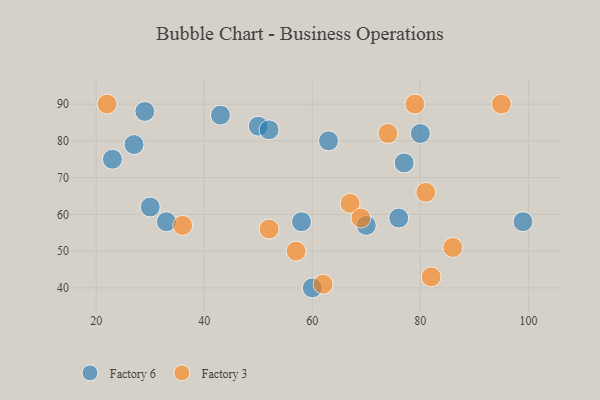
{"axis": {"x": "GDP", "y": "Life Expectancy"}, "legend": ["Factory 3", "Factory 6"], "data": [{"x": "30", "y": 62, "type": "Factory 6"}, {"x": "50", "y": 84, "type": "Factory 6"}, {"x": "76", "y": 59, "type": "Factory 6"}, {"x": "52", "y": 83, "type": "Factory 6"}, {"x": "70", "y": 57, "type": "Factory 6"}, {"x": "99", "y": 58, "type": "Factory 6"}, {"x": "27", "y": 79, "type": "Factory 6"}, {"x": "33", "y": 58, "type": "Factory 6"}, {"x": "80", "y": 82, "type": "Factory 6"}, {"x": "63", "y": 80, "type": "Factory 6"}, {"x": "29", "y": 88, "type": "Factory 6"}, {"x": "60", "y": 40, "type": "Factory 6"}, {"x": "23", "y": 75, "type": "Factory 6"}, {"x": "77", "y": 74, "type": "Factory 6"}, {"x": "43", "y": 87, "type": "Factory 6"}, {"x": "58", "y": 58, "type": "Factory 6"}, {"x": "67", "y": 63, "type": "Factory 3"}, {"x": "36", "y": 57, "type": "Factory 3"}, {"x": "57", "y": 50, "type": "Factory 3"}, {"x": "69", "y": 59, "type": "Factory 3"}, {"x": "22", "y": 90, "type": "Factory 3"}, {"x": "52", "y": 56, "type": "Factory 3"}, {"x": "62", "y": 41, "type": "Factory 3"}, {"x": "86", "y": 51, "type": "Factory 3"}, {"x": "82", "y": 43, "type": "Factory 3"}, {"x": "81", "y": 66, "type": "Factory 3"}, {"x": "95", "y": 90, "type": "Factory 3"}, {"x": "79", "y": 90, "type": "Factory 3"}, {"x": "74", "y": 82, "type": "Factory 3"}]}